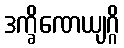
ဒက္ခိဏေယျဂ္ဂိ